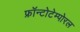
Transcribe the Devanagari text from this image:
फ्रॉन्टोटेम्पोरल